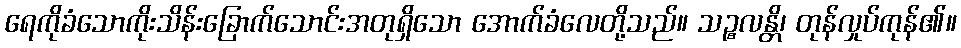
ရေကိုခံသောကိုးသိန်းခြောက်သောင်းအတုရှိသော အောက်ခံလေတို့သည်။ သဉ္စလန္တိ၊ တုန်လှုပ်ကုန်၏။